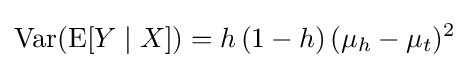
\operatorname {Var} (\operatorname {E} [Y\mid X])=h\,(1-h)\,(\mu _{h}-\mu _{t})^{2}